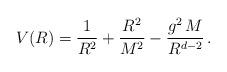
LaTeX: \begin{align*}V(R) = \frac{1}{R^2} + \frac{R^2}{M^2} - \frac{g^2 \, M}{R^{d-2}} \, .\end{align*}